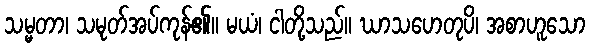
သမ္မတာ၊ သမုတ်အပ်ကုန်၏။ မယံ၊ ငါတို့သည်။ ဃာသဟေတုပိ၊ အစာဟူသော